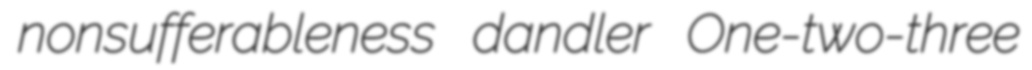
nonsufferableness dandler One-two-three